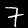
Label: 7